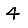
Digit: 4